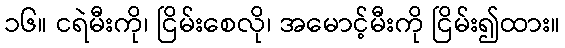
၁၆။ ငရဲမီးကို၊ ငြိမ်းစေလို၊ အမောင့်မီးကို ငြိမ်း၍ထား။